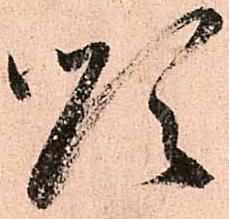
順